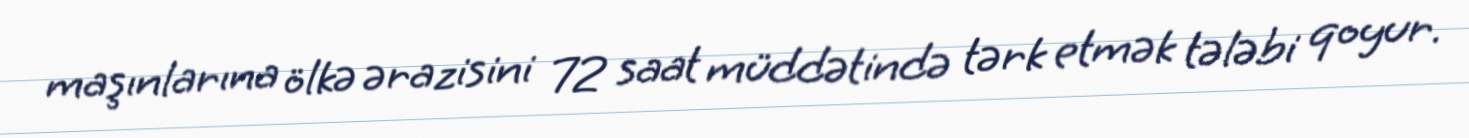
maşınlarına ölkə ərazisini 72 saat müddətində tərk etmək tələbi qoyur.